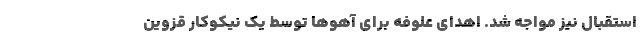
استقبال نیز مواجه شد. اهدای علوفه برای آهوها توسط یک نیکوکار قزوین